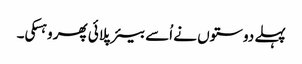
پہلے دوستوں نے اُسے بیئر پلائی پھر وہسکی۔